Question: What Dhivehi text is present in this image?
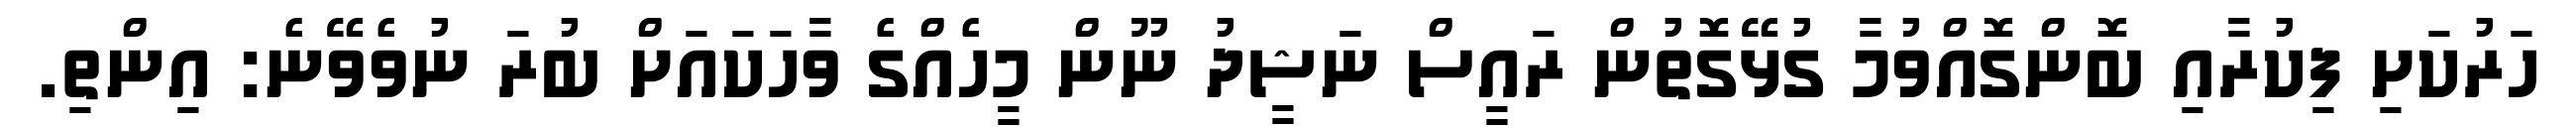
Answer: ހަރުކަށި ފިކުރާއި ބޮންގޮއްވުމާ ގުޅޭގޮތުން ރައީސް ނަޝީދު ނޫން މީހެއްގެ ވާހަކައަށް ބުރަ ނުވެވޭނެ: އިންތި.